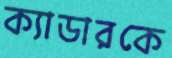
ক্যাডারকে